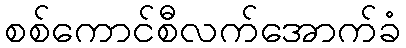
စစ်ကောင်စီလက်အောက်ခံ